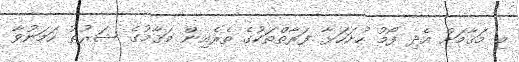
މި މަޤާމަށް އެދި ފޯމު ހުށަހަޅާ ފަރާތްތަކުގެ ތެރެއިން މަޤާމުގެ ޝަރުޠު ހަމަނުވާ